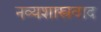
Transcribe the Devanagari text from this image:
नव्यशास्त्रवाद